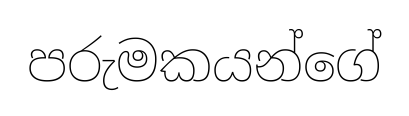
පරුමකයන්ගේ